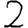
Digit: 2